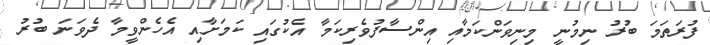
ފުރަތަމަ ބުރު ނިމުނީ މިނިވަންކަމާއި އިންސާފުވެރިކަމާ އެކުގައި ކަމަށާއި އެހެންވީމާ ދެވަނަ ބުރު